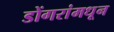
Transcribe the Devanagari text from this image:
डोंगरांमधून